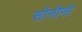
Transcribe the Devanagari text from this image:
सोनोनो